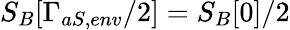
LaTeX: S_{B}[\Gamma_{aS,env}/2]=S_{B}[0]/2